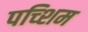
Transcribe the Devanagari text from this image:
पच्शिम